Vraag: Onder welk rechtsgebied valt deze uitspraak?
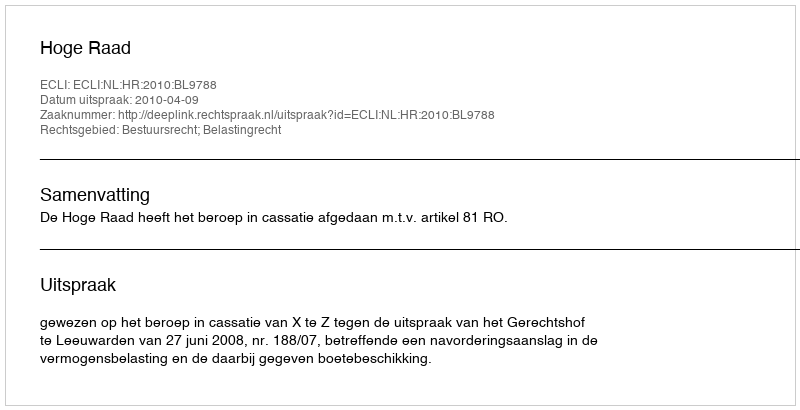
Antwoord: Bestuursrecht; Belastingrecht